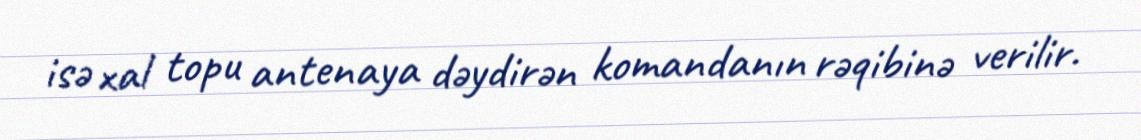
isə xal topu antenaya dəydirən komandanın rəqibinə verilir.